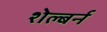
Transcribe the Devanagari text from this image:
शेल्बर्न